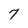
Character: 7